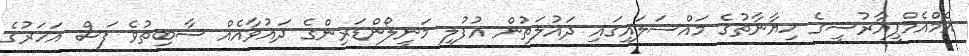
އެމްއެމްޕީއާރުސީގެ ޚިޔާނާތުގެ މައްސަލައިގައި ދައުލަތުން އުފުލި މަނީލޯންޑަރިންގެ ދައުވާއެއް ސާބިތުވެ ފަސް އަހަރުގެ